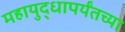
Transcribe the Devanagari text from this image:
महायुद्धापर्यंतच्या